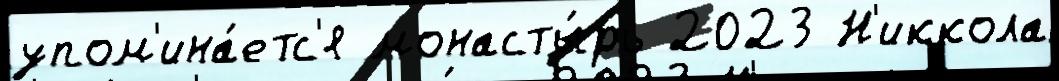
упом'ина́етс'я монасты́рь 2023 Н'иккола